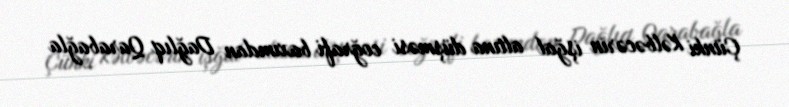
Çünki Kəlbəcərin işğal altına düşməsi coğrafi baxımdan Dağlıq Qarabağla